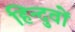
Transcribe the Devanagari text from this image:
हिन्दुवों